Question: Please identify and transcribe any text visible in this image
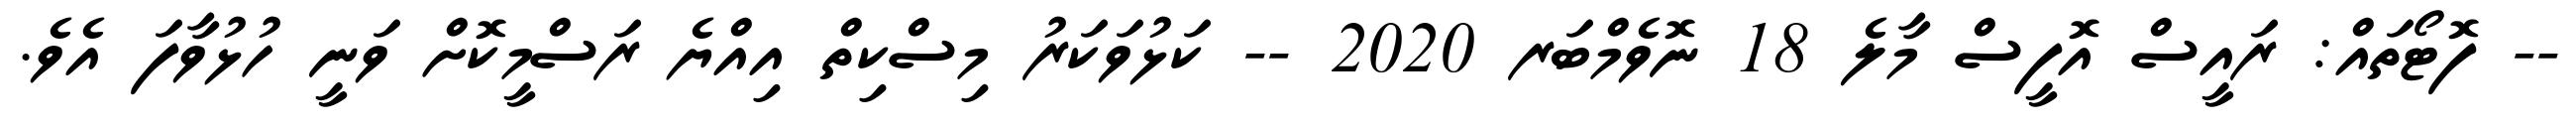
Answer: -- ފޮޓޯތައް: ރައީސް އޮފީސް މާލެ 18 ނޮވެމްބަރ 2020 -- ކަޅުވަކަރު މިސްކިތް އިއްޔެ ރަސްމީކޮށް ވަނީ ހުޅުވާފަ އެވެ.